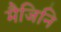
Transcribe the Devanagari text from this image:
मैजिनि